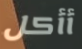
أأكل